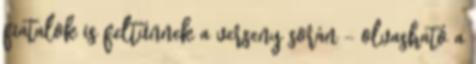
fiatalok is feltűnnek a verseny során - olvasható a